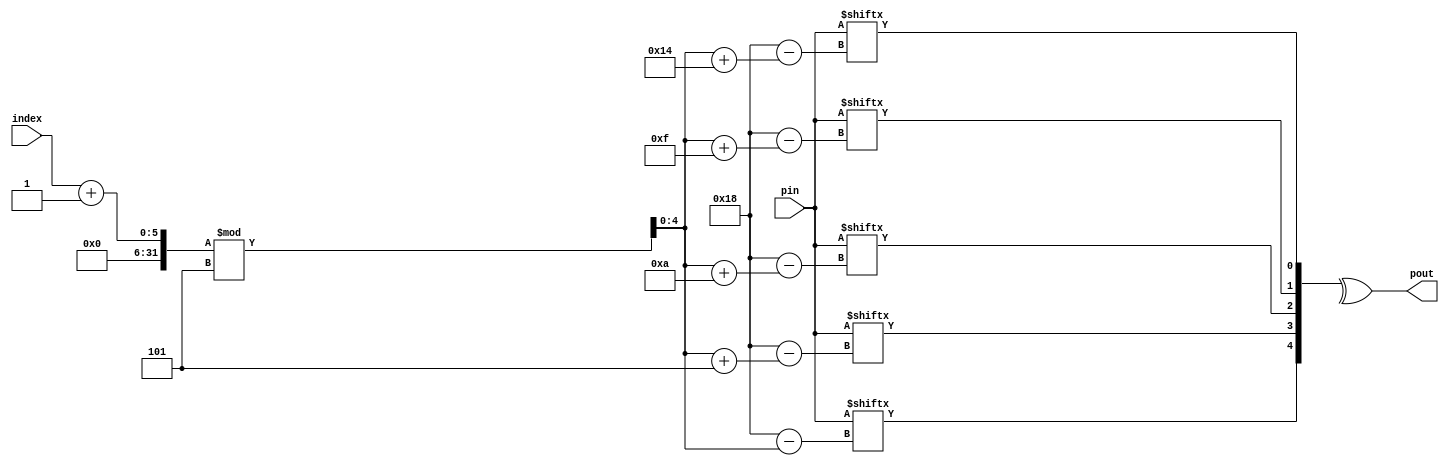
`timescale 1ns/1ns
module col_parity_pre_depth (pin, index, pout);
    
    parameter N = 25;
    input [N-1:0] pin;
    input [4 : 0] index;
    output pout;

    wire [4 : 0] next_col_index;
    wire [4 : 0] next_col;
    wire b1, b2, b3, b4, b5; 
    
    assign next_col_index = (index + 1) % 5;
    
    assign b1 = pin[24 - next_col_index];
    assign b2 = pin[24 - (next_col_index + 5)];
    assign b3 = pin[24 - (next_col_index + 10)];
    assign b4 = pin[24 - (next_col_index + 15)];
    assign b5 = pin[24 - (next_col_index + 20)];
    
    assign next_col = {b1, b2, b3, b4, b5};
 
    assign pout = ^next_col;

endmodule